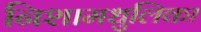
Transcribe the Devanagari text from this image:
निशामधुलिका